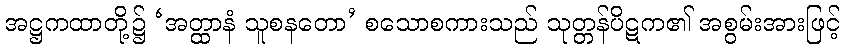
အဋ္ဌကထာတို့၌ ‘အတ္ထာနံ သူစနတော’ စသောစကားသည် သုတ္တန်ပိဋက၏ အစွမ်းအားဖြင့်